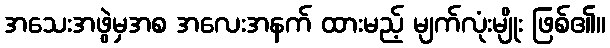
အသေးအဖွဲမှအစ အလေးအနက် ထားမည့် မျက်လုံးမျိုး ဖြစ်၏။